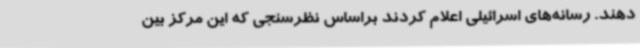
‌دهند. رسانه‌های اسرائیلی اعلام کردند براساس نظرسنجی که این مرکز بین